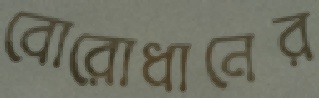
বোরোধানের